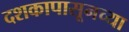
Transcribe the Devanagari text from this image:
दशकापासूनच्या